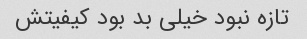
تازه نبود خیلی بد بود کیفیتش